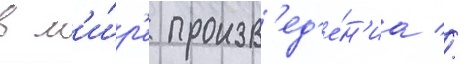
в м'и́р'е произв'ед'е́н'иа //